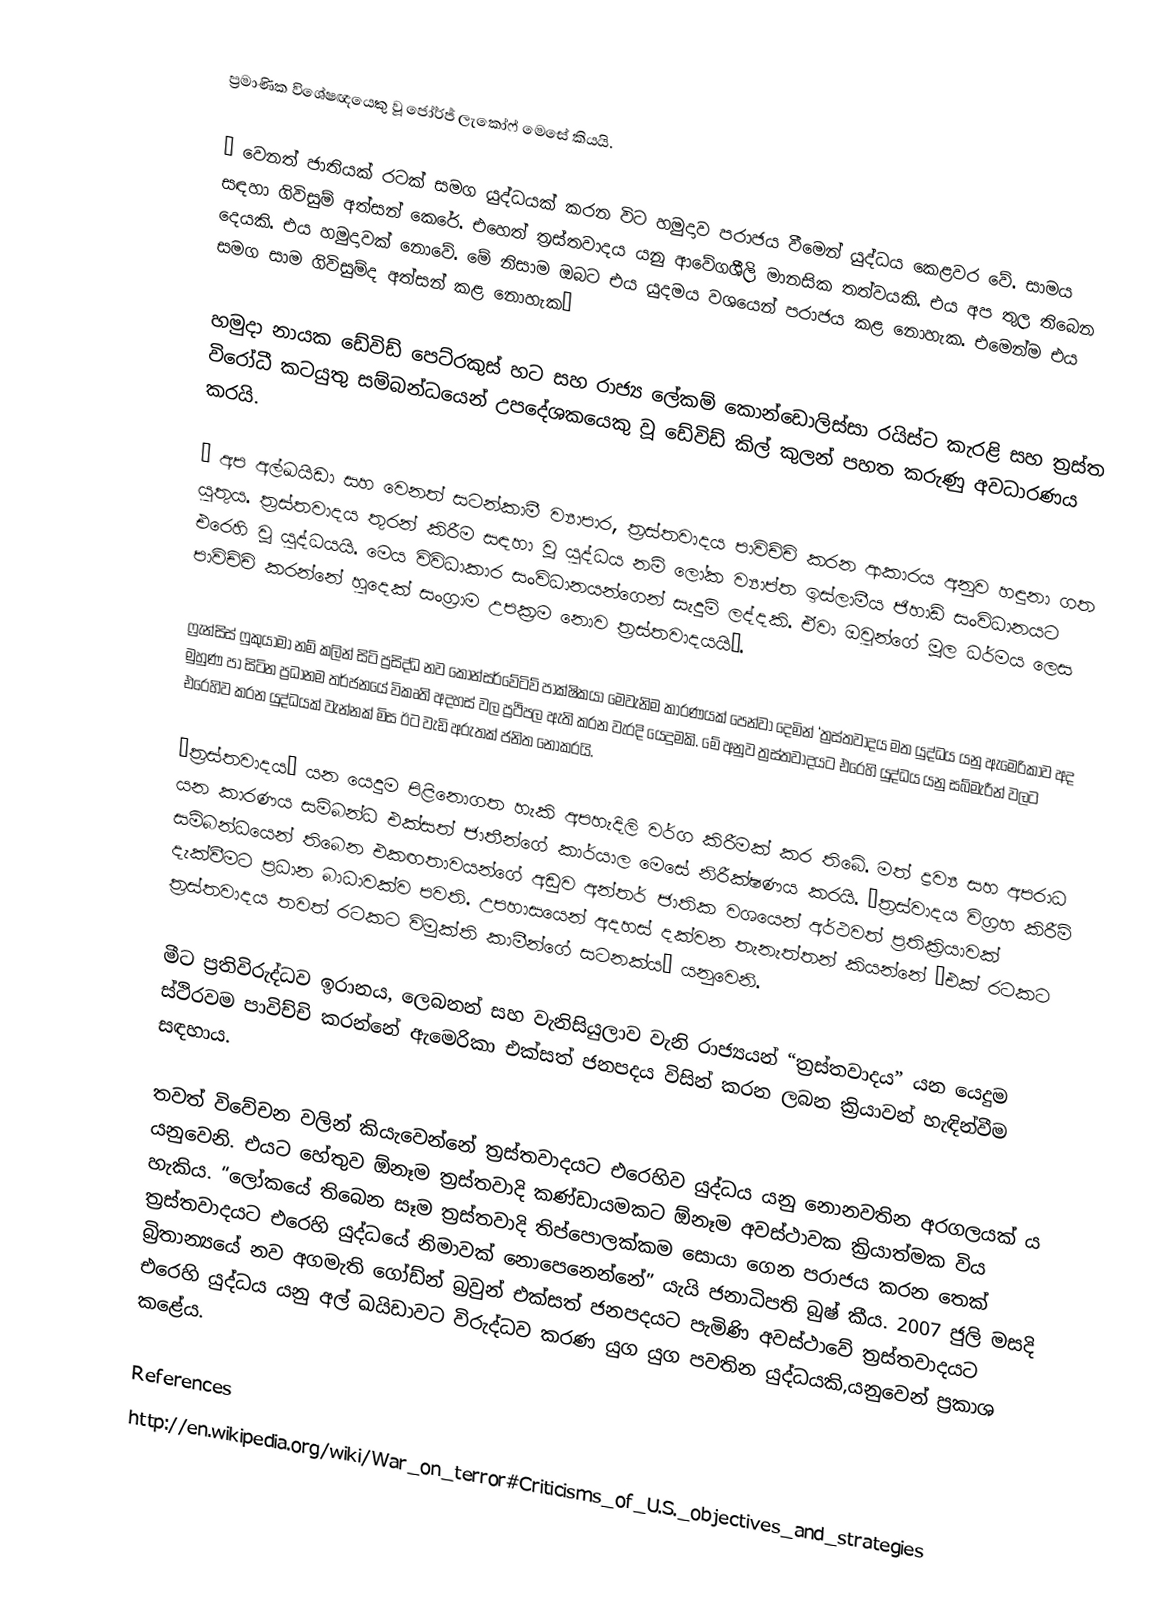
ප්‍රමාණික විශේෂඥයෙකු වූ ජෝර්ජ් ලැකෝෆ් මෙසේ කියයි.

“ වෙනත් ජාතියක් රටක් සමග යුද්ධයක් කරන විට හමුදාව පරාජය වීමෙන් යුද්ධය කෙළවර වේ. සාමය සඳහා ගිවිසුම් අත්සන් කෙරේ. එහෙත් ත්‍රස්තවාදය යනු ආවේගශීලි මානසික තත්වයකි. එය අප තුල තිබෙන දෙයකි. එය හමුදාවක් නොවේ. මේ නිසාම ඔබට එය යුදමය වශයෙන් පරාජය කළ නොහැක. එමෙන්ම එය සමග සාම ගිවිසුම්ද අත්සන් කළ නොහැක”

හමුදා නායක ඩේවිඩ් පෙට්රකුස් හට සහ රාජ්‍ය ලේකම් කොන්ඩොලිස්සා රයිස්ට කැරළි සහ ත්‍රස්ත විරෝධී කටයුතු සම්බන්ධයෙන් උපදේශකයෙකු වූ ඩේවිඩ් කිල් කුලන් පහත කරුණු අවධාරණය කරයි.

“ අප අල්ඛයිඩා සහ වෙනත් සටන්කාමී ව්‍යාපාර, ත්‍රස්තවාදය පාවිච්චි කරන ආකාරය අනුව හඳුනා ගත යුතුය. ත්‍රස්තවාදය තුරන් කිරීම සඳහා වූ යුද්ධය නම් ලෝක ව්‍යාප්ත ඉස්ලාමීය ජිහාඩ් සංවිධානයට එරෙහි වූ යුද්ධයයි. මෙය විවිධාකාර සංවිධානයන්ගෙන් සැදුම් ලද්දකි. ඒවා ඔවුන්ගේ මූල ධර්මය ලෙස පාවිච්චි කරන්නේ හුදෙක් සංග්‍රාම උපක්‍රම නොව ත්‍රස්තවාදයයි”.

ෆ්‍රැන්සිස් ෆුකුයාමා නම් කලින් සිටි ප්‍රසිද්ධ නව කොන්සර්වේටිව් පාක්ෂිකයා මෙවැනිම කාරණයක් පෙන්වා දෙමින් ‘ත්‍රස්තවාදය මත යුද්ධය යනු ඇමෙරිකාව අද මුහුණ පා සිටින ප්‍රධානම තර්ජනයේ විකෘති අදහස් වල ප්‍රථිපල ඇති කරන වැරදි යෙදුමකි. මේ අනුව ත්‍රස්තවාදයට එරෙහි යුද්ධය යනු සබ්මැරීන් වලට එරෙහිව කරන යුද්ධයක් වැන්නක් මිස ඊට වැඩි අරුතක් ජනිත නොකරයි.

‘ත්‍රස්තවාදය’ යන යෙදුම පිළිනොගත හැකි අපහැදිලි වර්ග කිරීමක් කර තිබේ. මත් ද්‍රව්‍ය සහ අපරාධ යන කාරණය සම්බන්ධ එක්සත් ජාතීන්ගේ කාර්යාල මෙසේ නිරීක්ෂණය කරයි. “ත්‍රස්වාදය විග්‍රහ කිරීම් සම්බන්ධයෙන් තිබෙන එකඟතාවයන්ගේ අඩුව අන්තර් ජාතික වශයෙන් අර්ථවත් ප්‍රතික්‍රියාවක් දැක්වීමට ප්‍රධාන බාධාවක්ව පවති. උපහාසයෙන් අදහස් දක්වන තැනැත්තන් කියන්නේ ‘එක් රටකට ත්‍රස්තවාදය තවත් රටකට විමුක්ති කාමීන්ගේ සටනක්ය’ යනුවෙනි.

මීට ප්‍රතිවිරුද්ධව ඉරානය, ලෙබනන් සහ වැනිසියුලාව වැනි රාජ්‍යයන් “ත්‍රස්තවාදය” යන යෙදුම ස්ථිරවම පාවිච්චි කරන්නේ ඇමෙරිකා එක්සත් ජනපදය විසින් කරන ලබන ක්‍රියාවන් හැඳින්වීම සඳහාය.

තවත් විවේචන වලින් කියැවෙන්නේ ත්‍රස්තවාදයට එරෙහිව යුද්ධය යනු නොනවතින අරගලයක් ය යනුවෙනි. එයට හේතුව ඕනෑම ත්‍රස්තවාදි කණ්ඩායමකට ඕනෑම අවස්ථාවක ක්‍රියාත්මක විය හැකිය. “ලෝකයේ තිබෙන සෑම ත්‍රස්තවාදි තිප්පොලක්කම සොයා ගෙන පරාජය කරන තෙක් ත්‍රස්තවාදයට එරෙහි යුද්ධයේ නිමාවක් නොපෙනෙන්නේ” යැයි ජනාධිපති බුෂ් කීය. 2007 ජුලි මසදි බ්‍රිතාන්‍යයේ නව අගමැති ගෝඩ්න් බ්‍රවුන් එක්සත් ජනපදයට පැමිණි අවස්ථාවේ ත්‍රස්තවාදයට එරෙහි යුද්ධය යනු අල් ඛයිඩාවට විරුද්ධව කරණ යුග යුග පවතින යුද්ධයකි,යනුවෙන් ප්‍රකාශ කළේය.

References
http://en.wikipedia.org/wiki/War_on_terror#Criticisms_of_U.S._objectives_and_strategies